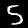
Label: 5